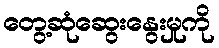
တွေ့ဆုံဆွေးနွေးမှုကို